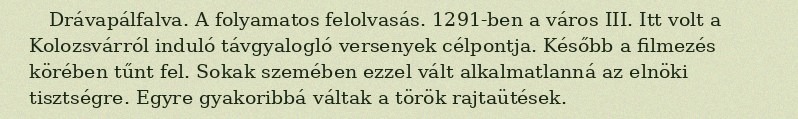
Drávapálfalva. A folyamatos felolvasás. 1291-ben a város III. Itt volt a Kolozsvárról induló távgyalogló versenyek célpontja. Később a filmezés körében tűnt fel. Sokak szemében ezzel vált alkalmatlanná az elnöki tisztségre. Egyre gyakoribbá váltak a török rajtaütések.